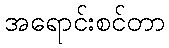
အရောင်းစင်တာ